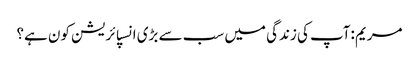
مریم :آپ کی زندگی میں سب سے بڑی انسپائریشن کون ہے؟